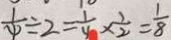
\frac { 1 } { 4 } \div 2 = \frac { 1 } { 4 } \times \frac { 1 } { 2 } = \frac { 1 } { 8 }